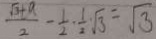
\frac { \sqrt { 3 } + a } { 2 } - \frac { 1 } { 2 } \cdot \frac { 1 } { 2 } \sqrt { 3 } = \sqrt { 3 }